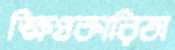
ক্ষিপ্রকারিতা